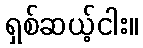
ရှစ်ဆယ့်ငါး။